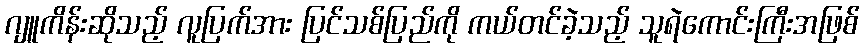
ဂျူကိန်းဆိုသည့် လူပြက်အား ပြင်သစ်ပြည်ကို ကယ်တင်ခဲ့သည့် သူရဲကောင်းကြီးအဖြစ်